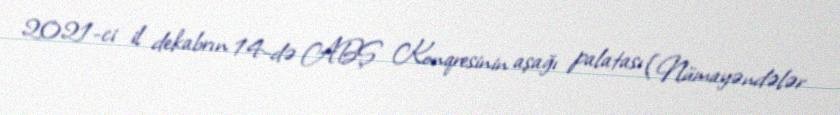
2021-ci il dekabrın 14-də ABŞ Konqresinin aşağı palatası (Nümayəndələr